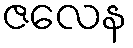
ဇလေန